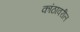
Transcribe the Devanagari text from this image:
कांठावरील